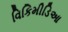
વિકિમીડિઆ